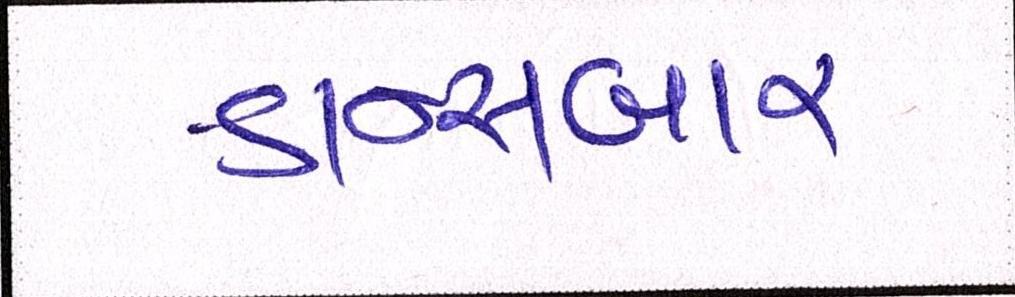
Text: ડાન્સબાર